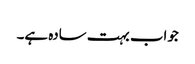
جواب بہت سادہ ہے۔